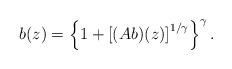
LaTeX: \begin{align*} b(z) = \left\{ 1 + \left[(A b)(z)\right]^{1/\gamma} \right\}^\gamma.\end{align*}